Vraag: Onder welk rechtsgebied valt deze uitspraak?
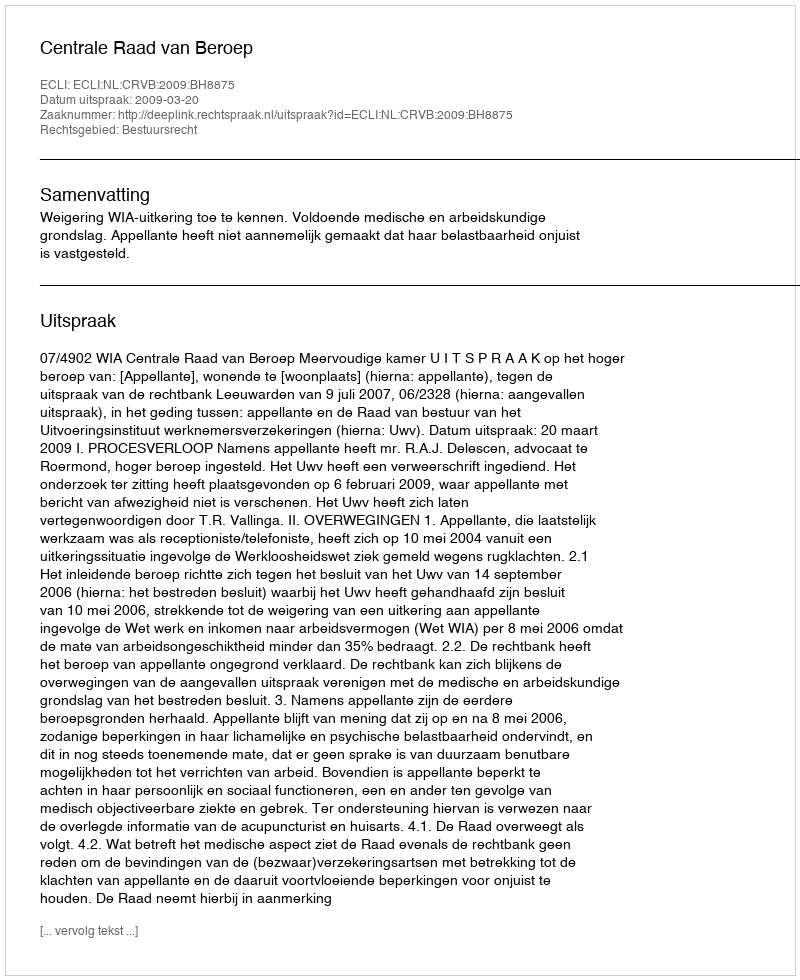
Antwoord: Bestuursrecht